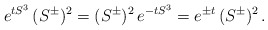
\begin{align*} e^{t S^3} \, (S^\pm)^2 = (S^\pm)^2 \, e^{-t S^3} = e^{\pm t } \, (S^\pm)^2 \,.\end{align*}